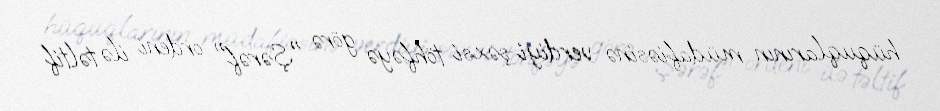
hüquqlarının müdafiəsinə verdiyi şəxsi töhfəyə görə "Şərəf" ordeni ilə təltif